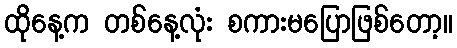
ထိုနေ့က တစ်နေ့လုံး စကားမပြောဖြစ်တော့။